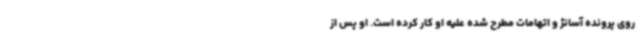
روی پرونده آسانژ و اتهامات مطرح شده علیه او کار کرده است. او پس از